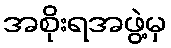
အစိုးရအဖွဲ့မှ